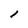
Character: l